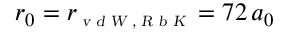
r _ { 0 } = r _ { \scriptscriptstyle \textsl { v d W , R b K } } = 7 2 \, a _ { 0 }